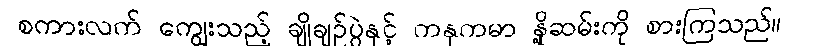
စကားလက် ကျွေးသည့် ချိုချဉ်ပွဲနှင့် ကနုကမာ နို့ဆမ်းကို စားကြသည်။